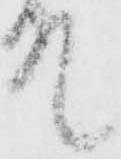
殿